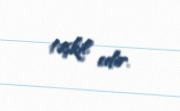
təşkil edir.